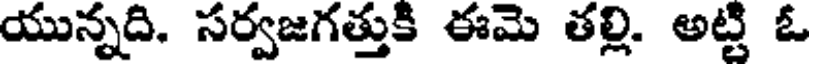
యున్నది. సర్వజగత్తుకి ఈమె తల్లి. అట్టి ఓ